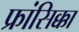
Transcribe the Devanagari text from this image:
फ्रांसिक्का